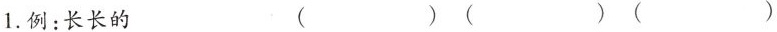
1.例：长长的 ( )( )( )